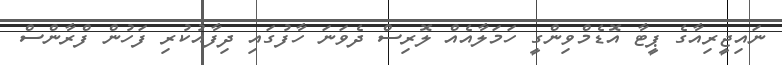
ނައިޖީރިއާގެ ޕީޓާ އޮޑެމްވިންގީ ހަމަލާއެއް ލޮރިސް ދެވަނަ ހާފުގައި ދިފާއުކުރި ފަހުން ފްރާންސް